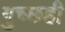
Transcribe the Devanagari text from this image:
गुच्छही